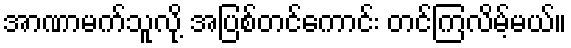
အာဏာမက်သူလို့ အပြစ်တင်ကောင်း တင်ကြလိမ့်မယ်။